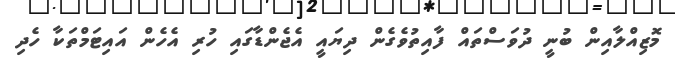
މޮޒިއްލާއިން ބުނީ ދުވަސްތައް ފާއިތުވެގެން ދިޔައީ އެޖެންޑާގައި ހުރި އެހެން އައިޓަމްތަކާ ހެދި